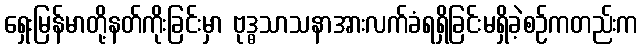
ရှေးမြန်မာတို့နတ်ကိုးခြင်းမှာ ဗုဒ္ဓသာသနာအားလက်ခံရရှိခြင်းမရှိခဲ့စဉ်ကတည်းက